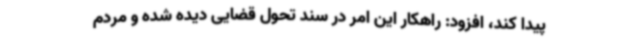
پیدا کند، افزود: راهکار این امر در سند تحول قضایی دیده شده و مردم